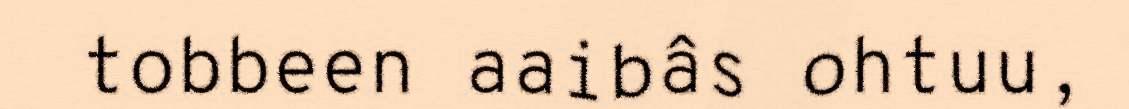
tobbeen aaibâs ohtuu,